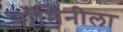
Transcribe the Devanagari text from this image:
नॉमिनीला